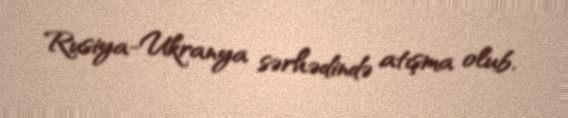
Rusiya-Ukranya sərhədində atışma olub.